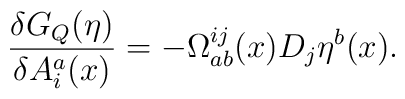
\frac{\delta G_Q(\eta)}{\delta A^a_i(x)} = -\Omega^{ij}_{ab}(x)  D_j \eta^b(x).